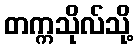
တက္ကသိုလ်သို့